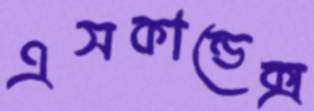
এসকান্ডেক্স